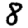
Digit: 8